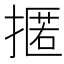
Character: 𢴚